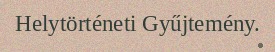
Helytörténeti Gyűjtemény.